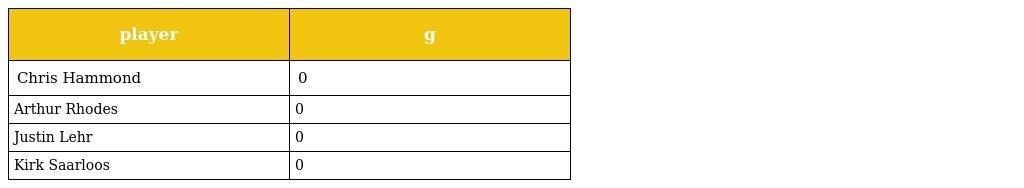
| player | g |
 | --- | --- |
 | Chris Hammond | 0 |
 | Arthur Rhodes | 0 |
 | Justin Lehr | 0 |
 | Kirk Saarloos | 0 |